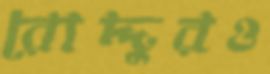
রোদ্দুরও